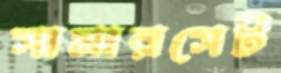
সামারসেট